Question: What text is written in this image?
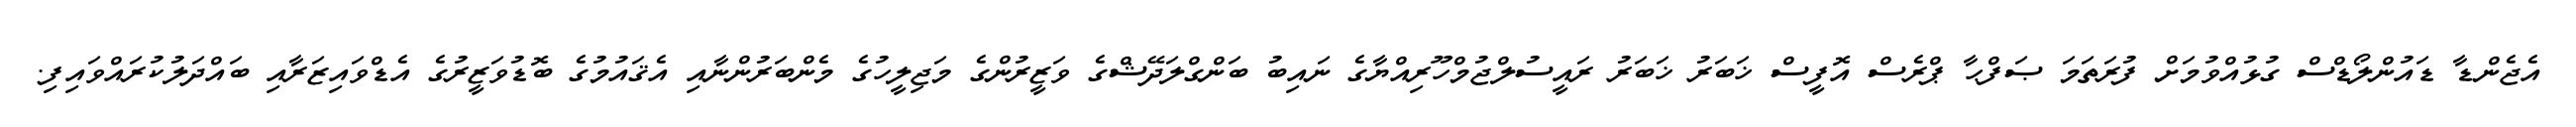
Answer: އެޖެންޑާ ޑައުންލޯޑްސް ގުޅުއްވުމަށް ފުރަތަމަ ޞަފްޙާ ޕްރެސް އޮފީސް ޚަބަރު ޚަބަރު ރައީސުލްޖުމްހޫރިއްޔާގެ ނައިބު ބަންގްލަދޭޝްގެ ވަޒީރުންގެ މަޖިލީހުގެ މެންބަރުންނާއި އެޤައުމުގެ ބޮޑުވަޒީރުގެ އެޑްވައިޒަރާއި ބައްދަލުކުރައްވައިފި.